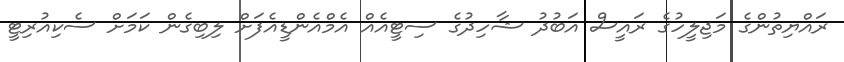
ރައްޔިތުންގެ މަޖިލީހުގެ ރައީސް އަބުދު ޝާހިދުގެ ސިޓީއެއް އެމްއެންޑީއެފަށް ލިބިގެން ކަމަށް ސެކިއުރިޓީ